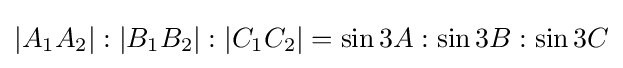
|A_{1}A_{2}|:|B_{1}B_{2}|:|C_{1}C_{2}|=\sin 3A:\sin 3B:\sin 3C